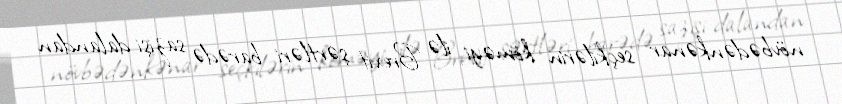
növbədənkənar seçkilərin köməyi ilə Brexit şərtləri barədə sazişi dalandan